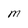
Character: M